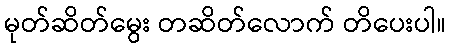
မုတ်ဆိတ်မွေး တဆိတ်လောက် တိပေးပါ။